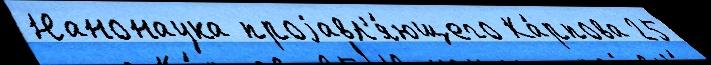
Нанонаука проjавл'я́ющего Ка́рпова 25